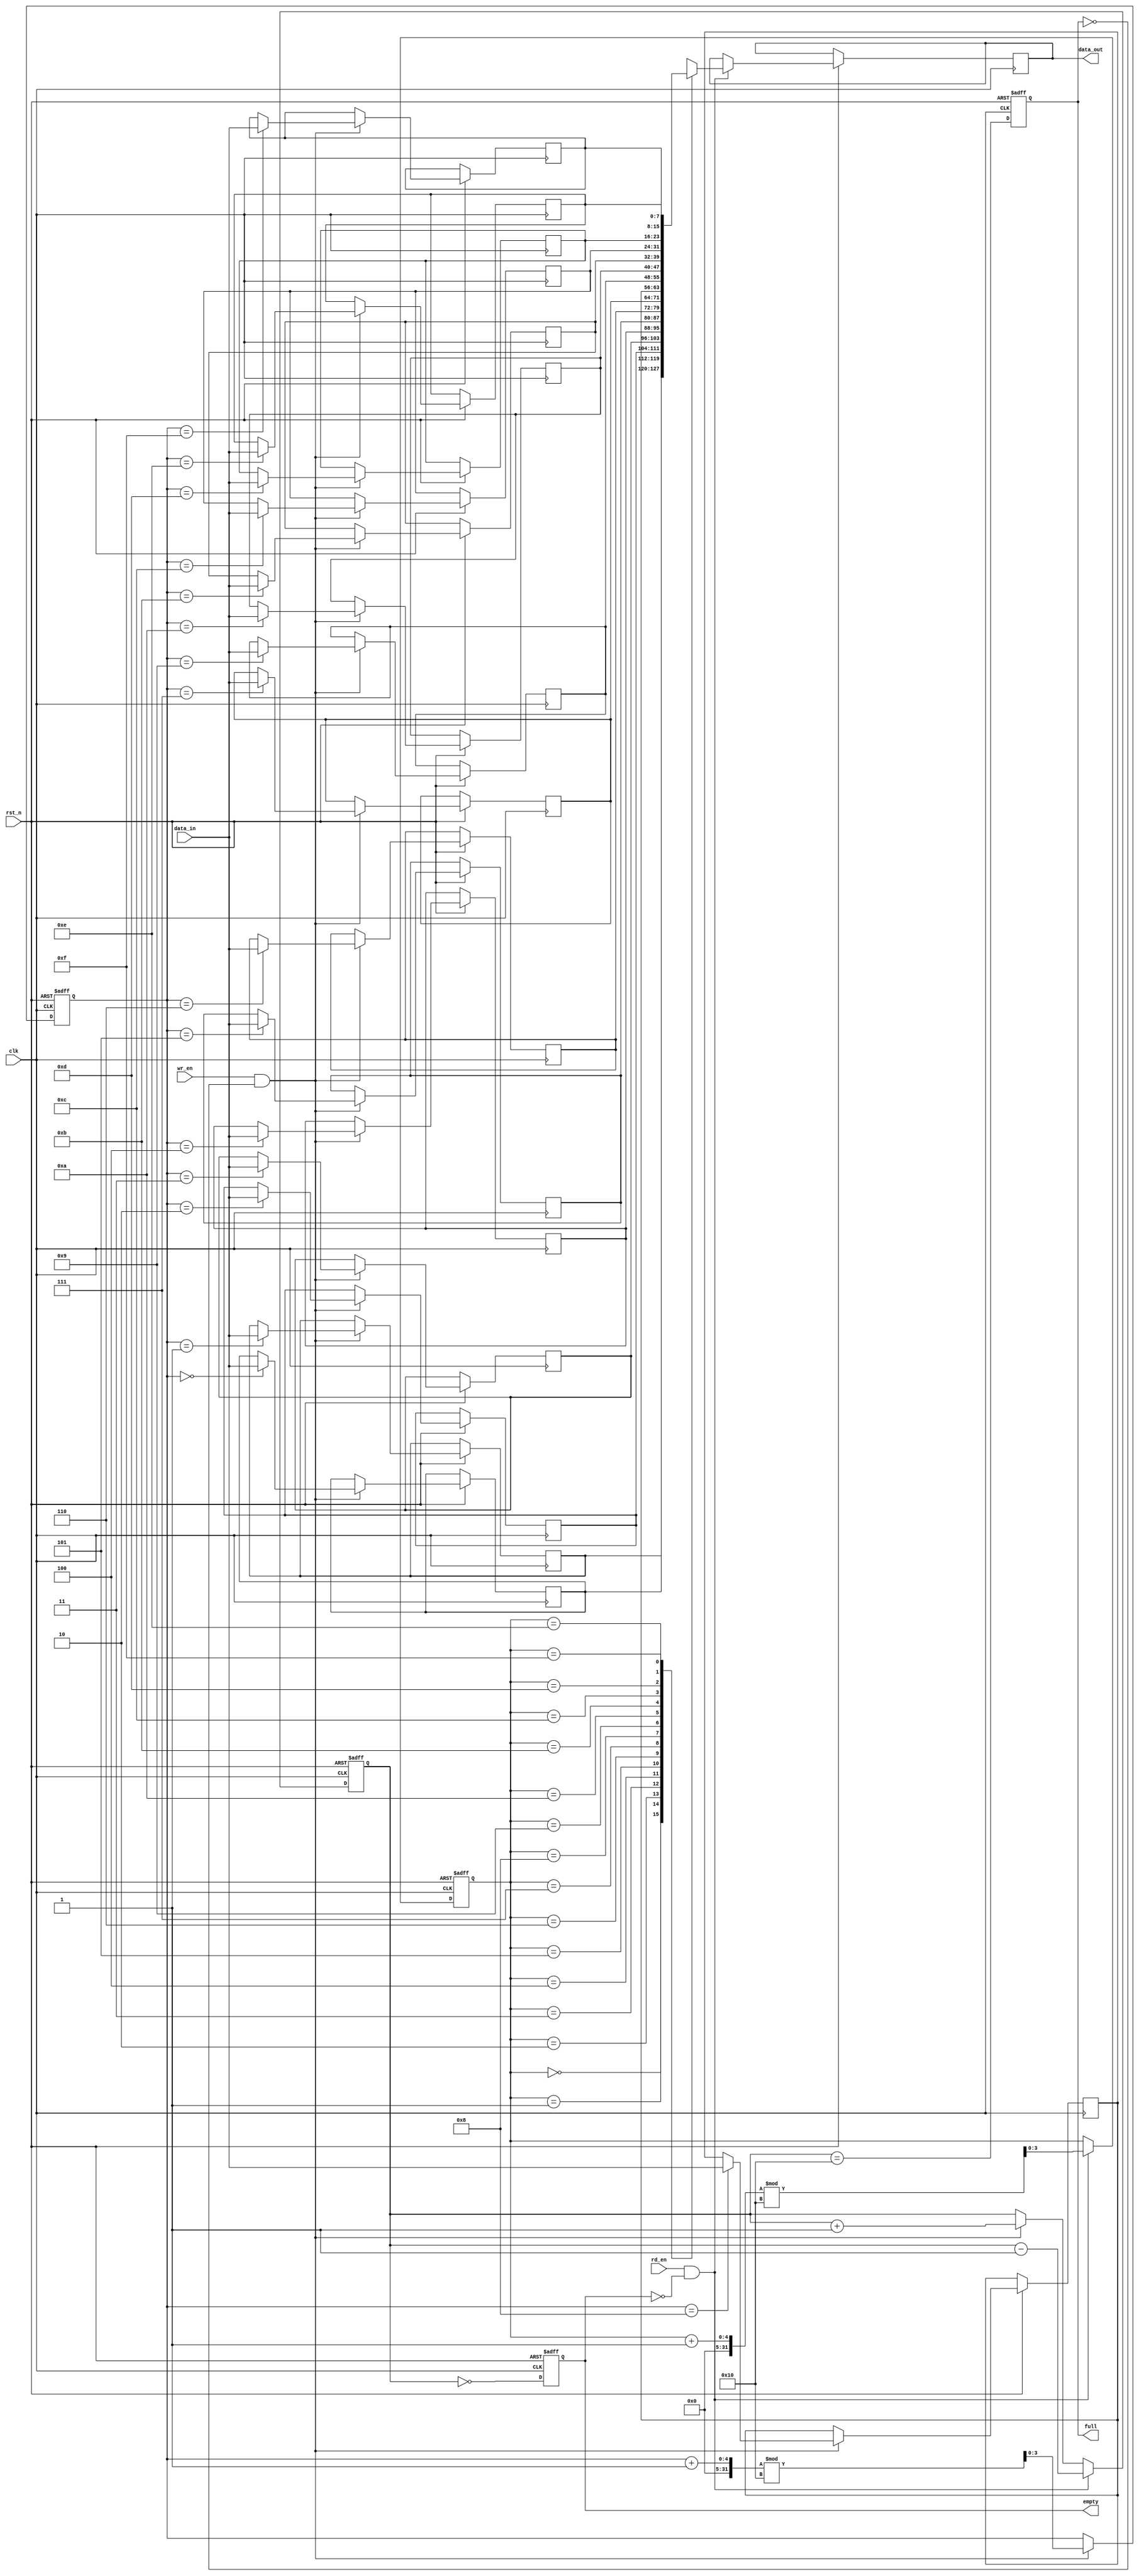
module parameterized_fifo #(
    parameter DATA_WIDTH = 8,           // Width of each data entry
    parameter FIFO_DEPTH = 16            // Depth of the FIFO (should be a power of two)
)(
    input wire clk,                      // Clock signal
    input wire rst_n,                    // Asynchronous reset (active low)
    input wire wr_en,                    // Write enable signal
    input wire rd_en,                    // Read enable signal
    input wire [DATA_WIDTH-1:0] data_in, // Data input
    output reg [DATA_WIDTH-1:0] data_out,// Data output
    output reg full,                     // Full flag
    output reg empty                     // Empty flag
);

    // Internal parameters
    localparam ADDR_WIDTH = $clog2(FIFO_DEPTH); // Address width for FIFO depth

    // FIFO memory array
    reg [DATA_WIDTH-1:0] fifo_mem[FIFO_DEPTH-1:0];

    // Pointers
    reg [ADDR_WIDTH-1:0] wr_ptr;          // Write pointer
    reg [ADDR_WIDTH-1:0] rd_ptr;          // Read pointer
    reg [ADDR_WIDTH:0] count;              // Number of entries in the FIFO

    // Reset behavior
    always @(posedge clk or negedge rst_n) begin
        if (!rst_n) begin
            wr_ptr <= 0;
            rd_ptr <= 0;
            count <= 0;
            full <= 0;
            empty <= 1;
        end else begin
            // Write operation
            if (wr_en && !full) begin
                fifo_mem[wr_ptr] <= data_in;
                wr_ptr <= (wr_ptr + 1) % FIFO_DEPTH;
                count <= count + 1;
            end
            
            // Read operation
            if (rd_en && !empty) begin
                data_out <= fifo_mem[rd_ptr];
                rd_ptr <= (rd_ptr + 1) % FIFO_DEPTH;
                count <= count - 1;
            end
            
            // Update full and empty flags
            full <= (count == FIFO_DEPTH);
            empty <= (count == 0);
        end
    end

endmodule